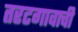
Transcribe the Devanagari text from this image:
तरटगावाची